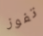
تفوز